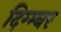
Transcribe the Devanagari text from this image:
दिग्म्बर